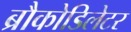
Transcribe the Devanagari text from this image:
ब्रौकोडिलेटर